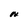
Character: N